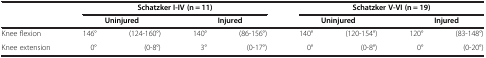
<table><thead><tr><td><b> </b></td><td colspan="4"><b>Schatzker I-IV (n = 11)</b></td><td colspan="4"><b>Schatzker V-VI (n = 19)</b></td></tr><tr><td><b> </b></td><td colspan="2"><b>Uninjured</b></td><td colspan="2"><b>Injured</b></td><td colspan="2"><b>Uninjured</b></td><td colspan="2"><b>Injured</b></td></tr></thead><tbody><tr><td>Knee flexion</td><td>146°</td><td>(124-160°)</td><td>140°</td><td>(86-156°)</td><td>140°</td><td>(120-154°)</td><td>120°</td><td>(83-148°)</td></tr><tr><td>Knee extension</td><td>0°</td><td>(0-8°)</td><td>3°</td><td>(0-17°)</td><td>0°</td><td>(0-8°)</td><td>0°</td><td>(0-20°)</td></tr></tbody></table>